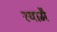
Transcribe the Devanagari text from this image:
श्यामै